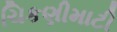
ચિકણીમાટી